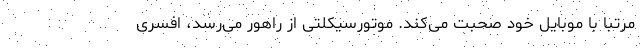
مرتبا با موبایل خود صحبت می‌کند. موتورسیکلتی از راهور می‌رسد، افسری